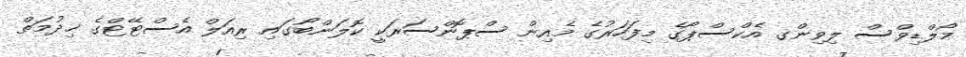
މޯލްޑިވްސް ލިވިންގ އެކްސްޕޯގެ މިފަހަރުގެ މެއިން ސްޕޮންސަރަކީ ކޮލަންބޯގައި ރިއަލް އެސްޓޭޓްގެ ޚިދުމަތް